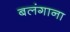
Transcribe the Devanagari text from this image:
बलंगाना